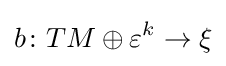
b\colon TM\oplus \varepsilon ^{k}\to \xi